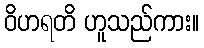
ဝိဟရတိ ဟူသည်ကား။